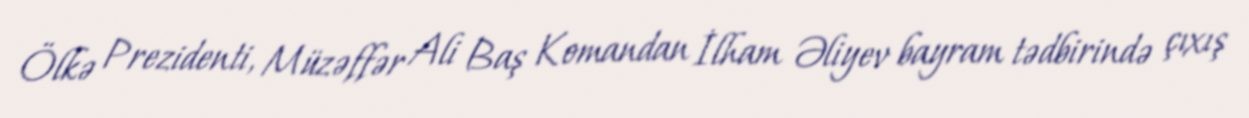
Ölkə Prezidenti, Müzəffər Ali Baş Komandan İlham Əliyev bayram tədbirində çıxış